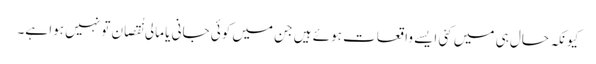
کیونکہ حال ہی میں کئی ایسے واقعات ہوئے ہیں جن میں کوئی جانی یا مالی نُقصان تو نہیں ہوا ہے۔